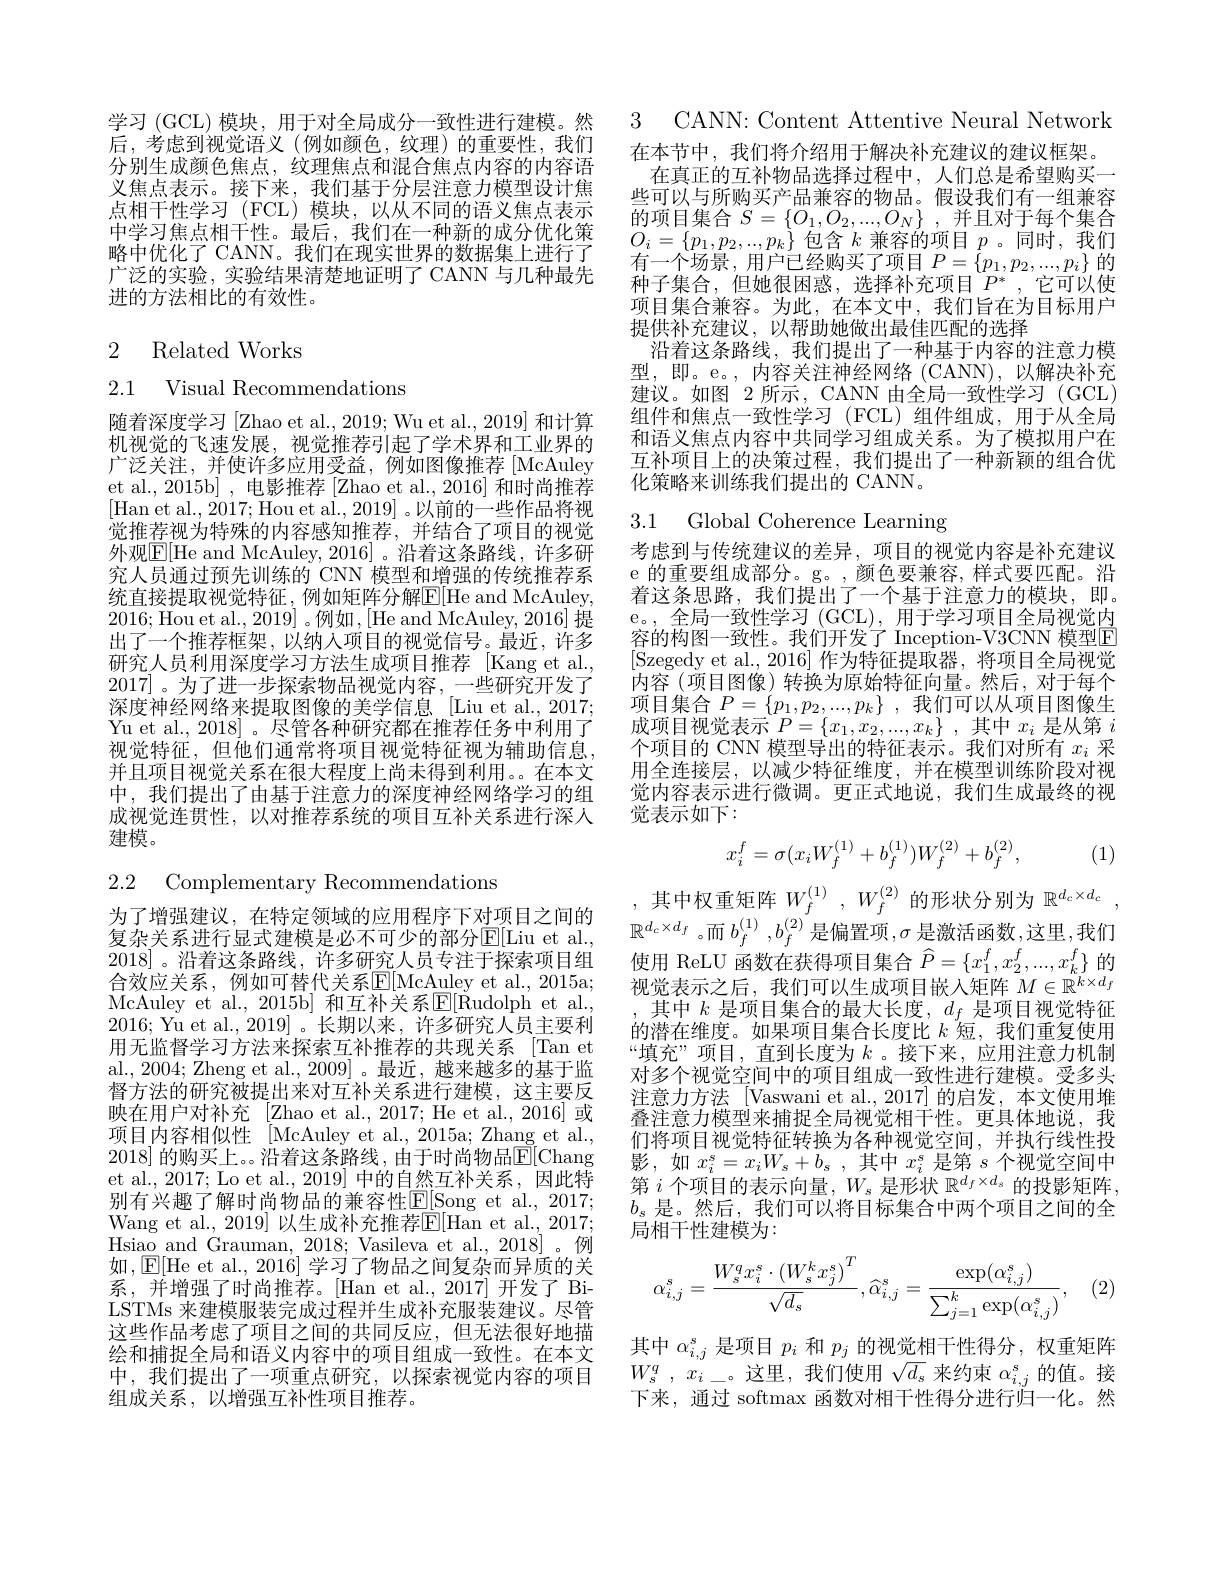
学习 (GCL) 模块，用于对全局成分一致性进行建模。然后，考虑到视觉语义(例如颜色，纹理)的重要性，我们分别生成颜色焦点，纹理焦点和混合焦点内容的内容语义焦点表示。接下来，我们基于分层注意力模型设计焦点相干性学习 (FCL) 模块，以从不同的语义焦点表示中学习焦点相干性。最后，我们在一种新的成分优化策略中优化了 CANN。我们在现实世界的数据集上进行了广泛的实验，实验结果清楚地证明了CANN 与几种最先进的方法相比的有效性。

# 2 Related Works

2.1 Visual Recommendations

随着深度学习 [Zhao et al., 2019; Wu et al., 2019] 和计算机视觉的飞速发展，视觉推荐引起了学术界和工业界的广泛关注，并使许多应用受益，例如图像推荐[McAuley et al., 2015b] , 电影推荐 [Zhao et al., 2016] 和时尚推荐[Han et al., 2017; Hou et al., 2019] 。以前的一些作品将视觉推荐视为特殊的内容感知推荐，并结合了项目的视觉外观$\boxed{\mathrm{F}[\mathrm{He~and~McAuley,2016]~。沿着这条路线，许多研}}$ 究人员通过预先训练的 CNN 模型和增强的传统推荐系统直接提取视觉特征，例如矩阵分解E[ He and McAuley, 2016; Hou et al., 2019]。例如，[He and McAuley, 2016] 提出了一个推荐框架，以纳入项目的视觉信号。最近，许多研究人员利用深度学习方法生成项目推荐 [Kang et al., 2017]。为了进一步探索物品视觉内容，一些研究开发了深度神经网络来提取图像的美学信息 [Liu et al.,2017; Yu et al., 2018]。尽管各种研究都在推荐任务中利用了视觉特征，但他们通常将项目视觉特征视为辅助信息， 并且项目视觉关系在很大程度上尚未得到利用。。在本文中，我们提出了由基于注意力的深度神经网络学习的组成视觉连贯性，以对推荐系统的项目互补关系进行深人建模。

2.2 Complementary Recommendations

为了增强建议，在特定领域的应用程序下对项目之间的复杂关系进行显式建模是必不可少的部分E[ Liu et al. , 2018]。沿着这条路线，许多研究人员专注于探索项目组合效应关系，例如可替代关系$\mathbb{E}[$McAuley et al.,2015a; McAuley et al., 2015b] 和互补关系$\overline {E}$[ Rudolph et al. , 2016; Yu et al., 2019]。长期以来，许多研究人员主要利用无监督学习方法来探索互补推荐的共现关系 [Tan et al., 2004; Zheng et al., 2009] 。最近，越来越多的基于监督方法的研究被提出来对互补关系进行建模，这主要反映在用户对补充[Zhao et al., 2017; He et al., 2016] 或项目内容相似性 [McAuley et al., 2015a; Zhang et al., 2018] 的购买上。。沿着这条路线，由于时尚物品$\mathbb{E}[$Chang et al., 2017; Lo et al., 2019] 中的自然互补关系，因此特别有兴趣了解时尚物品的兼容性$\underline{\mathrm{E}[\mathrm{Song~et~al.,~2017;}]}$ Wang et al., 2019] 以生成补充推荐$\mathbb{E}[$Han et al., 2017; Hsiao and Grauman, 2018; Vasileva et al., 2018]。例如，$\mathbb{E}[$He et al., 2016] 学习了物品之间复杂而异质的关系，并增强了时尚推荐。[Han et al.,2017]开发了BiLSTMs 来建模服装完成过程并生成补充服装建议。尽管这些作品考虑了项目之间的共同反应，但无法很好地描绘和捕捉全局和语义内容中的项目组成一致性。在本文中，我们提出了一项重点研究，以探索视觉内容的项目组成关系，以增强互补性项目推荐。

3 CANN: Content Attentive Neural Network
在本节中，我们将介绍用于解决补充建议的建议框架。
在真正的互补物品选择过程中，人们总是希望购买一些可以与所购买产品兼容的物品。假设我们有一组兼容的项目集合$S=\{O_1,O_2,...,O_N\}$ ,并且对于每个集合$O_{i}=\left\{p_{1},p_{2},..,p_{k}\right\}$包含$k$兼容的项目$p$ 。同时，我们$\dot{\text{有一个场景，用户已经购买了项目}}P=\left\{p_{1},p_{2},...,p_{i}\right\}$的种子集合，但她很困惑，选择补充项目$P^*$,它可以使项目集合兼容。为此，在本文中，我们旨在为目标用户提供补充建议，以帮助她做出最佳匹配的选择
沿着这条路线，我们提出了一种基于内容的注意力模型，即。e。,内容关注神经网络 (CANN), 以解决补充建议。如图 2 所示，CANN 由全局一致性学习 (GCL) 组件和焦点一致性学习 (FCL) 组件组成，用于从全局和语义焦点内容中共同学习组成关系。为了模拟用户在互补项目上的决策过程，我们提出了一种新颖的组合优化策略来训练我们提出的 CANN。

3.1 Global Coherence Learning

考虑到与传统建议的差异，项目的视觉内容是补充建议e 的重要组成部分。g。,颜色要兼容，样式要匹配。沿着这条思路，我们提出了一个基于注意力的模块，即。e。,全局一致性学习(GCL),用于学习项目全局视觉内容的构图一致性。我们开发了 Inception-V3CNN 模型E [Szegedy et al.,2016]作为特征提取器，将项目全局视觉内容(项目图像) 转换为原始特征向量。然后，对于每个项目集合$P=\{p_1,p_2,...,p_k\}$,我们可以从项目图像生成项目视觉表示$P= \{ x_1, x_2, . . . , x_k\}$ ,其中$x_i$是从第$i$ 个项目的 CNN 模型导出的特征表示。我们对所有$x_i$采用全连接层，以减少特征维度，并在模型训练阶段对视觉内容表示进行微调。更正式地说，我们生成最终的视觉表示如下：
$$x_{i}^{f}=\sigma(x_{i}W_{f}^{(1)}+b_{f}^{(1)})W_{f}^{(2)}+b_{f}^{(2)},$$
(1)

,其中权重矩阵$W_f^(1),W_f^{(2)}$的形状分别为$\mathbb{R}^d_c\times d_c$, $\mathbb{R}^{d_c\times d_f}$。而$b_f^(1),b_f^{(2)}$是偏置项$,\sigma$ 是激活函数，这里，我们使用 ReLU 函数在获得项目集合$\widehat{P}=\{x_1^f,x_2^f,...,x_k^f\}$的视觉表示之后，我们可以生成项目嵌入矩阵$M\in\mathbb{R}^{k\times d_f}$ ,其中$k$是项目集合的最大长度$,d_f$是项目视觉特征的潜在维度。如果项目集合长度比$k$短，我们重复使用“填充”项目，直到长度为$k$ 。接下来，应用注意力机制对多个视觉空间中的项目组成一致性进行建模。受多头注意力方法 [Vaswani et al.,2017]的启发，本文使用堆叠注意力模型来捕捉全局视觉相干性。更具体地说，我们将项目视觉特征转换为各种视觉空间，并执行线性投影 , 如$x_i^s=x_iW_s+b_s~$,其中$x_i^s$是第$s$个视觉空间中第$i$个项目的表示向量，$W_s$是形状$\mathbb{R}^d_f\times d_s$的投影矩阵， $b_s$是。然后，我们可以将目标集合中两个项目之间的全局相干性建模为：
$$\alpha_{i,j}^{s}=\frac{W_{s}^{q}x_{i}^{s}\cdot\left(W_{s}^{k}x_{j}^{s}\right)^{T}}{\sqrt{d_{s}}},\widehat{\alpha}_{i,j}^{s}=\frac{\exp(\alpha_{i,j}^{s})}{\sum_{j=1}^{k}\exp(\alpha_{i,j}^{s})},$$
(2)

其中$\alpha_{i,j}^s$是项目$p_i$和$p_j$的视觉相干性得分，权重矩阵$W_s^q,x_i\_$。这里，我们使用$\sqrt d_s$来约束$\alpha_i,j^\mathrm{s}$的值。接下来，通过 softmax 函数对相干性得分进行归一化。然